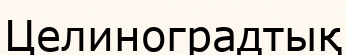
Целиноградтық